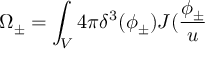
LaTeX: \Omega _ { \pm } = \int _ { V } 4 \pi \delta ^ { 3 } ( \phi _ { \pm } ) J ( \frac { \phi _ { \pm } } u